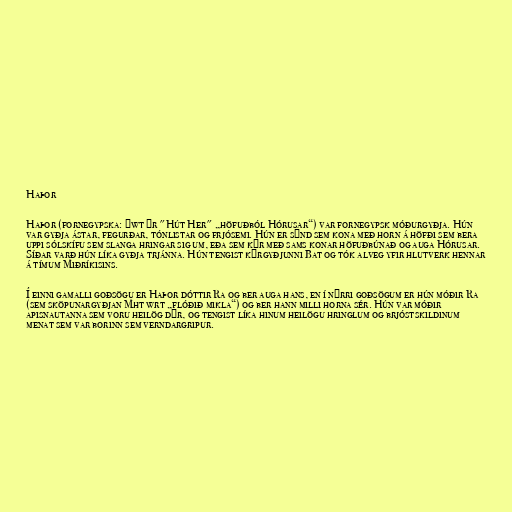
Haþor

Haþor (fornegypska: Ḥwt Ḥr "Hút Her" „höfuðból Hórusar“) var fornegypsk móðurgyðja. Hún
var gyðja ástar, fegurðar, tónlistar og frjósemi. Hún er sýnd sem kona með horn á höfði sem bera
uppi sólskífu sem slanga hringar sig um, eða sem kýr með sams konar höfuðbúnað og auga Hórusar.
Síðar varð hún líka gyðja trjánna. Hún tengist kýrgyðjunni Bat og tók alveg yfir hlutverk hennar
á tímum Miðríkisins.

Í einni gamalli goðsögu er Haþor dóttir Ra og ber auga hans, en í nýrri goðsögum er hún móðir Ra
(sem sköpunargyðjan Mht wrt „flóðið mikla“) og ber hann milli horna sér. Hún var móðir
apisnautanna sem voru heilög dýr, og tengist líka hinum heilögu hringlum og brjóstskildinum
menat sem var borinn sem verndargripur.